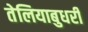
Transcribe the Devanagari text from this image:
तेलियाबुधरी